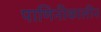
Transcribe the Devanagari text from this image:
पाणिनीकालीन